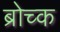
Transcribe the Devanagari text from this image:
ब्रोच्क